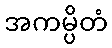
အကမ္ပိတံ